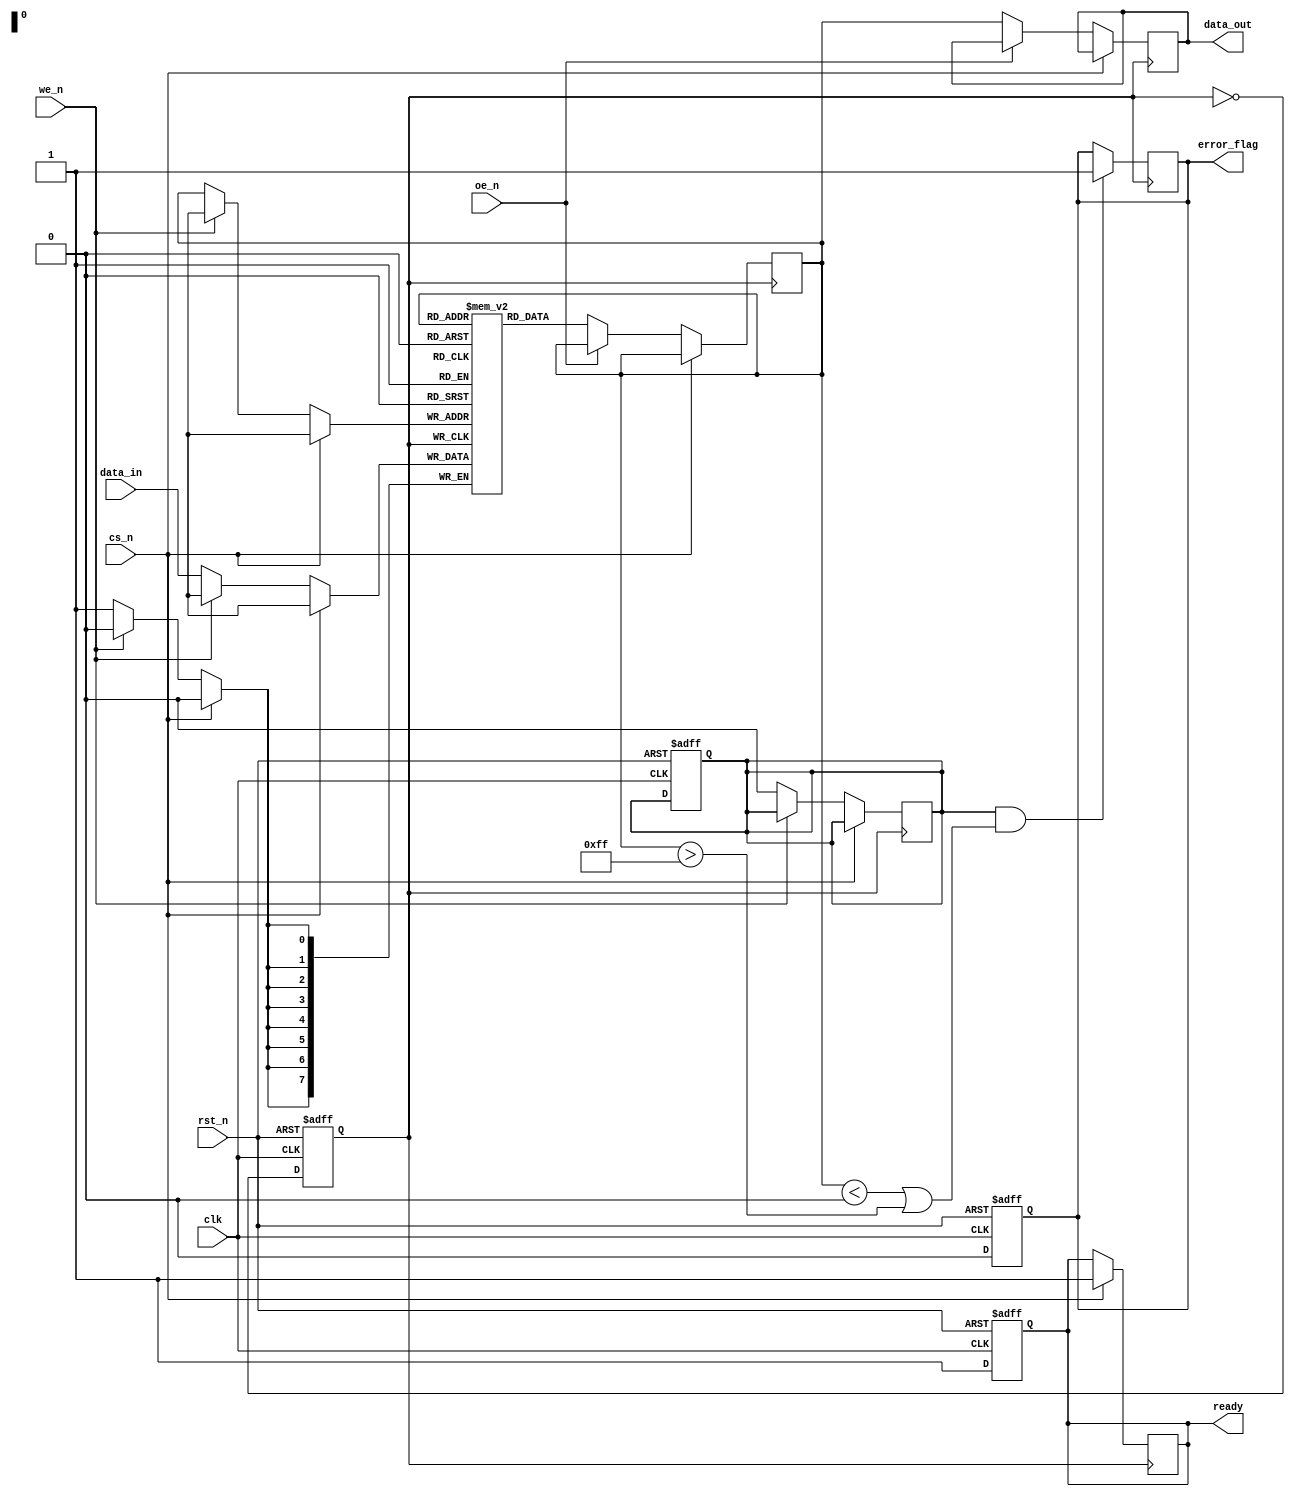
module SmartEEPROM_IO (
    input wire clk,                 // System clock
    input wire rst_n,               // Active low reset
    input wire cs_n,                // Chip Select (Active Low)
    input wire we_n,                // Write Enable (Active Low)
    input wire oe_n,                // Output Enable (Active Low)
    input wire [7:0] data_in,       // Data input bus
    output reg [7:0] data_out,      // Data output bus
    output reg ready,               // Ready signal for operation
    output reg error_flag           // Error detection flag
);

    reg [7:0] memory [0:255];       // 256 x 8-bit EEPROM memory
    reg [7:0] internal_data;         // Internal data register
    reg internal_clk;                // Internal clock for timing control
    reg reading;                     // State to check if reading
    reg writing;                     // State to check if writing

    // Power-on reset
    always @(posedge clk or negedge rst_n) begin
        if (!rst_n) begin
            ready <= 1'b0;
            error_flag <= 1'b0;
            internal_clk <= 1'b0;
            reading <= 1'b0;
            writing <= 1'b0;
        end else begin
            // Manage internal clock
            internal_clk <= ~internal_clk;
            ready <= 1'b1;  // Indicate ready state
            error_flag <= 1'b0;  // Reset error flag
        end
    end

    // Read/Write Operations
    always @(posedge internal_clk) begin
        if (!cs_n) begin  // Chip Select active
            if (!we_n) begin  // Write Enable active
                writing <= 1'b1; // Start writing
                memory[internal_data] <= data_in; // Write data
                writing <= 1'b0; // End writing
            end
            if (!oe_n) begin  // Output Enable active
                reading <= 1'b1; // Start reading
                internal_data <= memory[internal_data]; // Read data
                data_out <= internal_data; // Drive data out
                reading <= 1'b0; // End reading
            end
        end else begin
            ready <= 1'b1; // Ready when CS is deasserted
        end
    end

    // Error detection (simple implementation)
    always @(posedge internal_clk) begin
        if (writing && (internal_data < 8'h00 || internal_data > 8'hFF)) begin
            error_flag <= 1'b1; // Set error flag on out-of-range data
        end
    end

endmodule